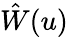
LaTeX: \hat{W}(u)